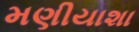
મણીયાશા